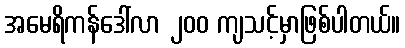
အမေရိကန်ဒေါ်လာ ၂၀၀ ကျသင့်မှာဖြစ်ပါတယ်။